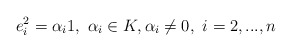
\begin{align*}e_{i}^{2}=\alpha _{i}1,\,\,\alpha _{i}\in K,\alpha _{i}\neq 0,\,\,i=2,...,n \end{align*}